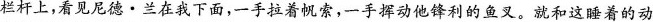
栏杆上，看见尼德·兰在我下面，一手拉着帆索，一手挥动他锋利的鱼叉。就和这睡着的动